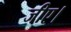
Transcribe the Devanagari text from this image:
जीए।